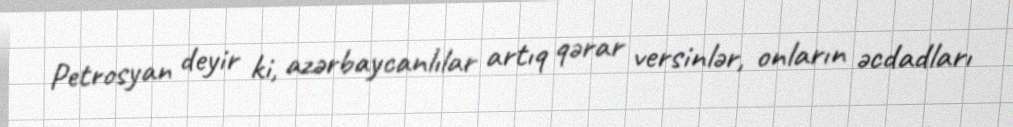
Petrosyan deyir ki, azərbaycanlılar artıq qərar versinlər, onların əcdadları